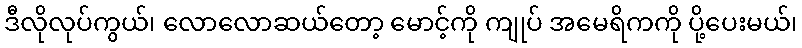
ဒီလိုလုပ်ကွယ်၊ လောလောဆယ်တော့ မောင့်ကို ကျုပ် အမေရိကကို ပို့ပေးမယ်၊